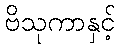
ဗိသုကာနှင့်